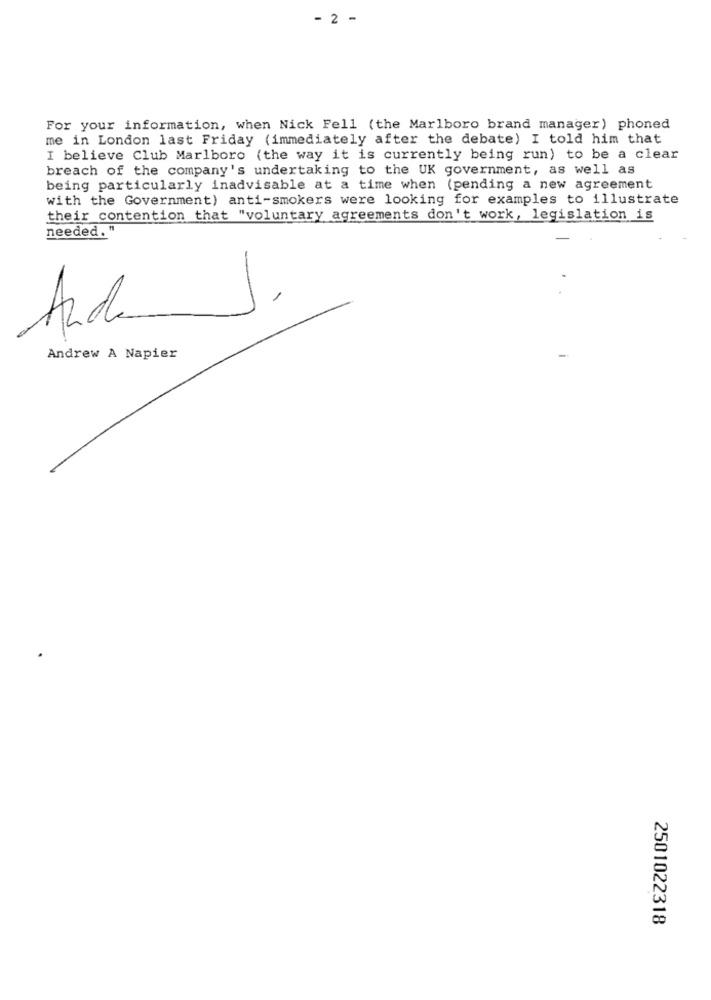
- 2 -
For your information, when Nick Fell (the Marlboro brand manager) phoned
me in London last Friday (immediately after the debate) I told him that
I believe Club Marlboro (the way it is currently being run) to be a clear
breach of the company's undertaking to the UK government, as well as
being particularly inadvisable at a time when (pending a new agreement
with the Government) anti-smokers were looking for examples to illustrate
their contention that "voluntary agreements don't work, legislation is
needed. "
1,
Anda
Andrew A Napier
2501022318